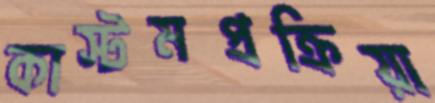
কাস্টমপ্রক্রিয়া